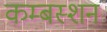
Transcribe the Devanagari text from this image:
कम्बस्शन